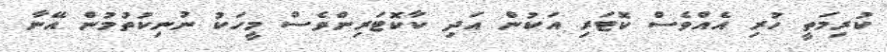
ކުރިމަތީ ހުރި އެއްވެސް ކޮޓަރި އަކުން އަދި ކާކޮޓަރިންވެސް މީހަކު ނުނިކުތުމުން އޭނާ